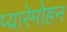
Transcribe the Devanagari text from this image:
प्यारेमोहन